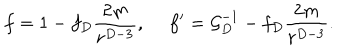
LaTeX: f = 1 - f _ { D } { \frac { 2 m } { r ^ { D - 3 } } } , \ f ^ { \prime } = { \cal G } _ { D } ^ { - 1 } - f _ { D } { \frac { 2 m } { r ^ { D - 3 } } } .